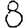
Digit: 8